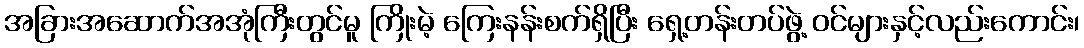
အခြားအဆောက်အအုံကြီးတွင်မူ ကြိုးမဲ့ ကြေးနန်းစက်ရှိပြီး ရှေ့တန်းတပ်ဖွဲ့ ဝင်များနှင့်လည်းကောင်း၊